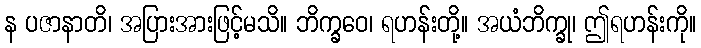
န ပဇာနာတိ၊ အပြားအားဖြင့်မသိ။ ဘိက္ခဝေ၊ ရဟန်းတို့။ အယံဘိက္ခု၊ ဤရဟန်းကို။